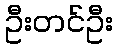
ဦးတင်ဦး